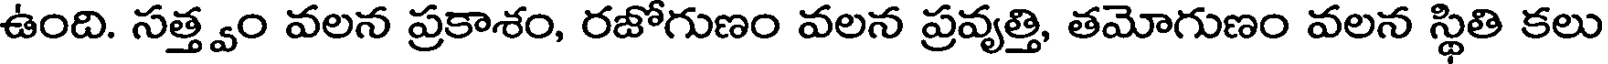
ఉంది. సత్త్వం వలన ప్రకాశం, రజోగుణం వలన ప్రవృత్తి, తమోగుణం వలన స్థితి కలు